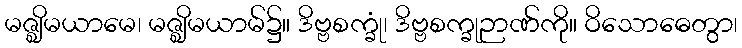
မဇ္ဈိမယာမေ၊ မဇ္ဈိမယာမ်၌။ ဒိဗ္ဗစက္ခုံ၊ ဒိဗ္ဗစက္ခုဉာဏ်ကို။ ဝိသောဓေတွာ၊